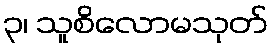
၃၊ သူစိလောမသုတ်